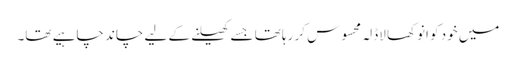
میں خود کو انوکھا لاڈلہ محسوس کر رہا تھا جسے کھیلنے کے لیے چاند چاہیے تھا۔